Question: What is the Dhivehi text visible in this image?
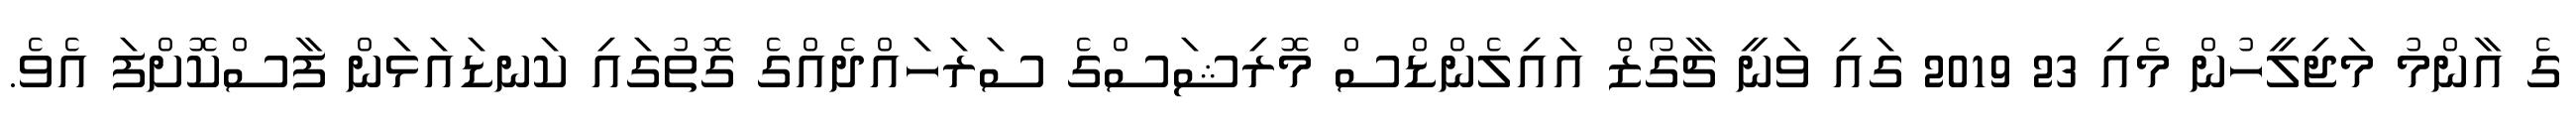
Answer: ގެ އާންމު މަޖިލީހުން މެއި 23 2019 ގައި ވަނީ ޗާގޯޒް އައިލެންޑްސް މޮރިޝަސްގެ ސަރަހައްދެއްގެ ގޮތުގައި ކަނޑައަޅަން ފާސްކޮށްފަ އެވެ.